Rangoon Lunatic Asylum 1878-1892 - 1878-1892
Year: 1878
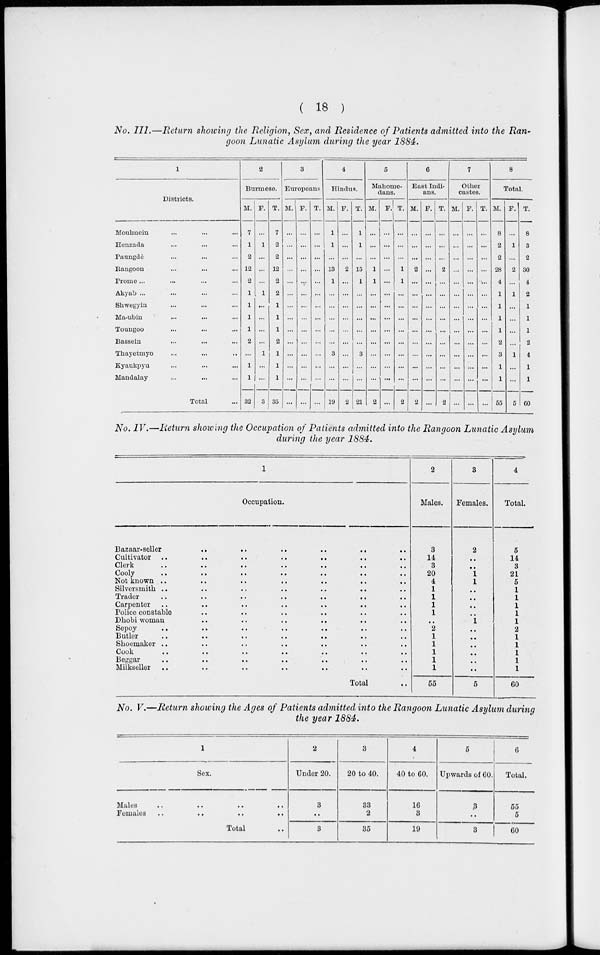
( 18 )
No. III.—Return showing the Religion, Sex, and Residence of Patients admitted into the Ran-
goon Lunatic Asylum during the year 1884.
1
Districts.
Moulmein ... ... ...
Henzada ... ... ...
Paungde ... ... ...
Rangoon ... ... ...
Prome ... ... ... ...
Akyab ... ... ... ...
Shwegyin ... ... ... ...
Ma-ubin ... ... ...
Toungoo ... ... ...
Bassein ... ... ...
Thayetmyo ... ... ...
Kyaukpyu ... ... ...
Mandalay ... ... ...
Total ...
2
Burmese.
M.
7
1
2
12
2
1
1
1
1
2
...
1
1
32
F.
...
1
...
...
1
...
...
...
...
1
...
...
T.
7
2
2
12
2
2
1
1
1
2
1
1
1
35
3
Europeans
M.
...
...
...
...
...
...
...
...
...
...
...
...
...
...
F.
...
...
...
...
...
...
...
...
...
...
...
...
...
...
T.
...
...
...
...
...
...
...
...
...
...
...
...
...
...
4
Hindus.
M.
1
1
...
13
1
...
...
...
...
...
3
...
...
19
F.
...
...
...
2
...
...
...
...
...
...
...
...
...
2
T.
1
1
...
15
1
...
...
...
...
...
3
...
...
21
5
Mahome-
dans.
M.
...
...
...
1
1
...
...
...
...
...
...
...
...
2
F.
...
...
...
...
...
...
...
...
...
...
...
...
...
...
T.
...
...
...
1
1
...
...
...
...
...
...
...
...
2
6
East Indi-
ans.
M.
...
...
...
2
...
...
...
...
...
...
...
...
...
2
F.
...
...
...
...
...
...
...
...
...
...
...
...
...
...
T.
...
...
...
2
...
...
...
...
...
...
...
...
...
2
7
Other
castes.
M.
...
...
...
...
...
...
...
...
...
...
...
...
...
...
F.
...
...
...
...
...
...
...
...
...
...
...
...
...
...
T.
...
...
...
...
...
...
...
...
...
...
...
...
...
...
8
Total.
M.
8
2
2
28
4
1
1
1
1
2
3
1
1
55
F.
...
1
...
2
...
1
...
...
...
...
1
...
...
5
T.
8
3
2
30
4
2
1
1
1
2
4
1
1
60
No. IV.—Return showing the Occupation of Patients admitted into the Rangoon Lunatic Asylum
during the year 1884.
1
Occupation.
Bazaar-seller
..
..
..
..
..
..
Cultivator
..
..
..
..
..
..
..
Clerk .. .. .. .. .. .. ..
Cooly .. .. .. .. .. .. ..
Not known .. .. .. .. .. ..
Silversmith ..
..
..
..
..
..
Trader
..
..
..
..
..
..
Carpenter ..
..
..
..
..
..
Police constable .. .. .. .. .. ..
Dhobi woman .. .. .. .. .. ..
Sepoy
..
..
..
..
.. ..
Butler .. .. .. .. .. .. ..
Shoemaker .. .. .. .. .. .. ..
Cook .. .. .. .. .. .. ..
Beggar .. .. .. .. .. .. ..
Milkseller .. .. .. .. .. .. ..
Total ..
2
Males.
3
14
3
20
4
1
1
1
1
..
2
1
1
1
1
1
55
3
Females.
2
..
..
1
1
..
....
..
..
1
..
..
..
..
..
..
5
4
Total.
5
14
3
21
5
1
1
1
1
1
2
1
1
1
1
1
60
No. V.—Return showing the Ages of Patients admitted into the Rangoon Lunatic Asylum during
the year 1884.
1
Sex.
Males .. .. .. ..
Females
..
..
..
..
Total ..
2
Under 20.
3
..
3
3
20 to 40.
33
2
35
4
40 to 60.
16
3
19
5
Upwards of 60.
3
..
3
6
Total.
55
5
60